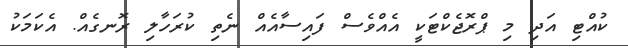
ކުއްޓި އަދި މި ޕްރޮޖެކްޓަކީ އެއްވެސް ފައިސާއެއް ނެތި ކުރަހާލި ރޮނގެއް. އެކަމަކު